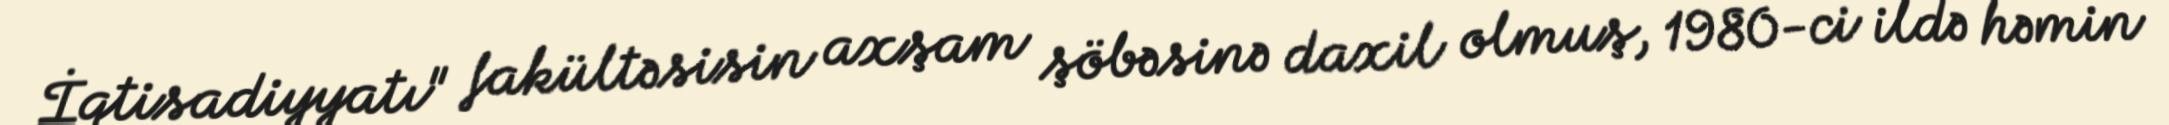
İqtisadiyyatı" fakültəsisin axşam şöbəsinə daxil olmuş, 1980-ci ildə həmin